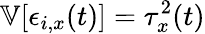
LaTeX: \mathbb V[\epsilon_{i,x}(t)]=\tau_{x}^{2}(t)